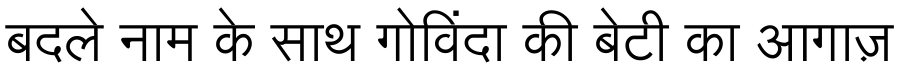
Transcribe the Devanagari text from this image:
बदले नाम के साथ गोविंदा की बेटी का आगाज़